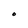
Character: O